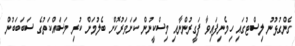
ގެންގުޅުނު ލިސްޓުގައި ހިމެނިފައިވާ ފަގީރުންނާއި މިސްކީނުން ކަށަވަރުކޮށް ބެލުމަށް ކުރި މަސައްކަތުގެ ސަބަބަބުން